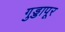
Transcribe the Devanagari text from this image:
गुड्डापूर